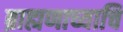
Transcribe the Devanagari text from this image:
ब्राह्मणाच्याचि